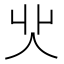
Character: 𠇿